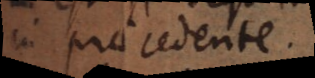
in praecedente.